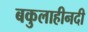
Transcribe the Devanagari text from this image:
बकुलाहीनदी